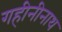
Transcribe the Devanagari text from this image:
गहीनीनाथ